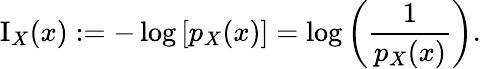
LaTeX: \operatorname{I}_{X}(x):=-\log{\left[p_{X}{\left(x\right)}\right]}=\log{\left({\frac{1}{p_{X}{\left(x\right)}}}\right)}.